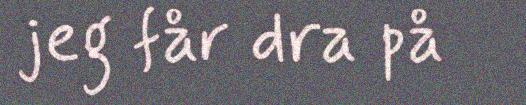
jeg får dra på